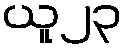
ယူ၂၃